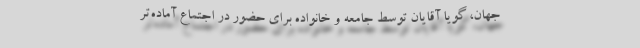
جهان، گویا آقایان توسط جامعه و خانواده برای حضور در اجتماع آماده‌تر